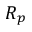
R _ { p }